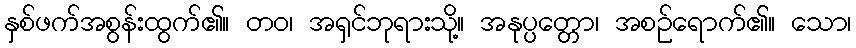
နှစ်ဖက်အစွန်းထွက်၏။ တဝ၊ အရှင်ဘုရားသို့။ အနုပ္ပတ္တော၊ အစဉ်ရောက်၏။ သော၊